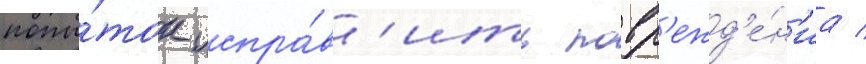
попы́ток испра́в'ить повр'ежд'е́н'иа /